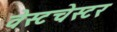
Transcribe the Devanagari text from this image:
वेस्‍टचेस्‍टर